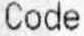
CODE